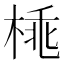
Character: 𣓽